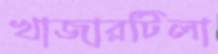
খাজারটিলা